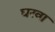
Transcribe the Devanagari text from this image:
घरवा